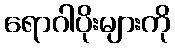
ရောဂါပိုးများကို